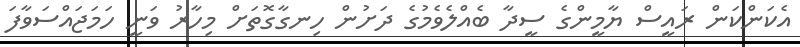
އެކަންކަން ރައީސް ޔާމީންގެ ސީދާ ބެއްލެވެމުގެ ދަށުން ހިނގާގޮތަށް މިހާރު ވަނީ ހަމަޖައްސަވާފަ